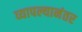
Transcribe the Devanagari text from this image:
व्यापल्यानंतर